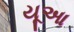
યૂઆ